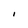
Character: I